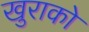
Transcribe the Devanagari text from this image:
खुराको